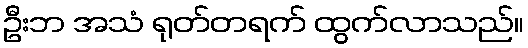
ဦးဘ အသံ ရုတ်တရက် ထွက်လာသည်။